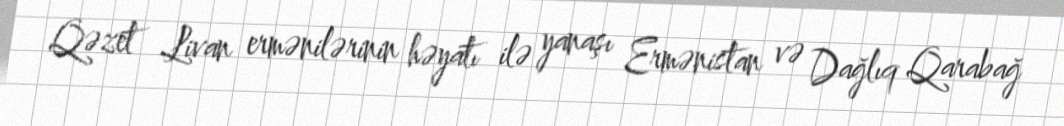
Qəzet Livan ermənilərinin həyatı ilə yanaşı Ermənistan və Dağlıq Qarabağ